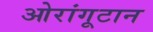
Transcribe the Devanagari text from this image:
ओरांगूटान